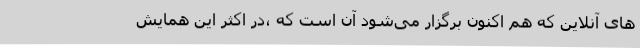
های آنلاین که هم اکنون برگزار می‌شود آن است که ،در اکثر این همایش